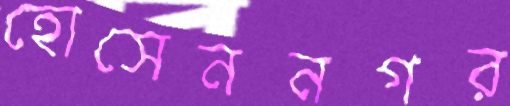
হোসেননগর